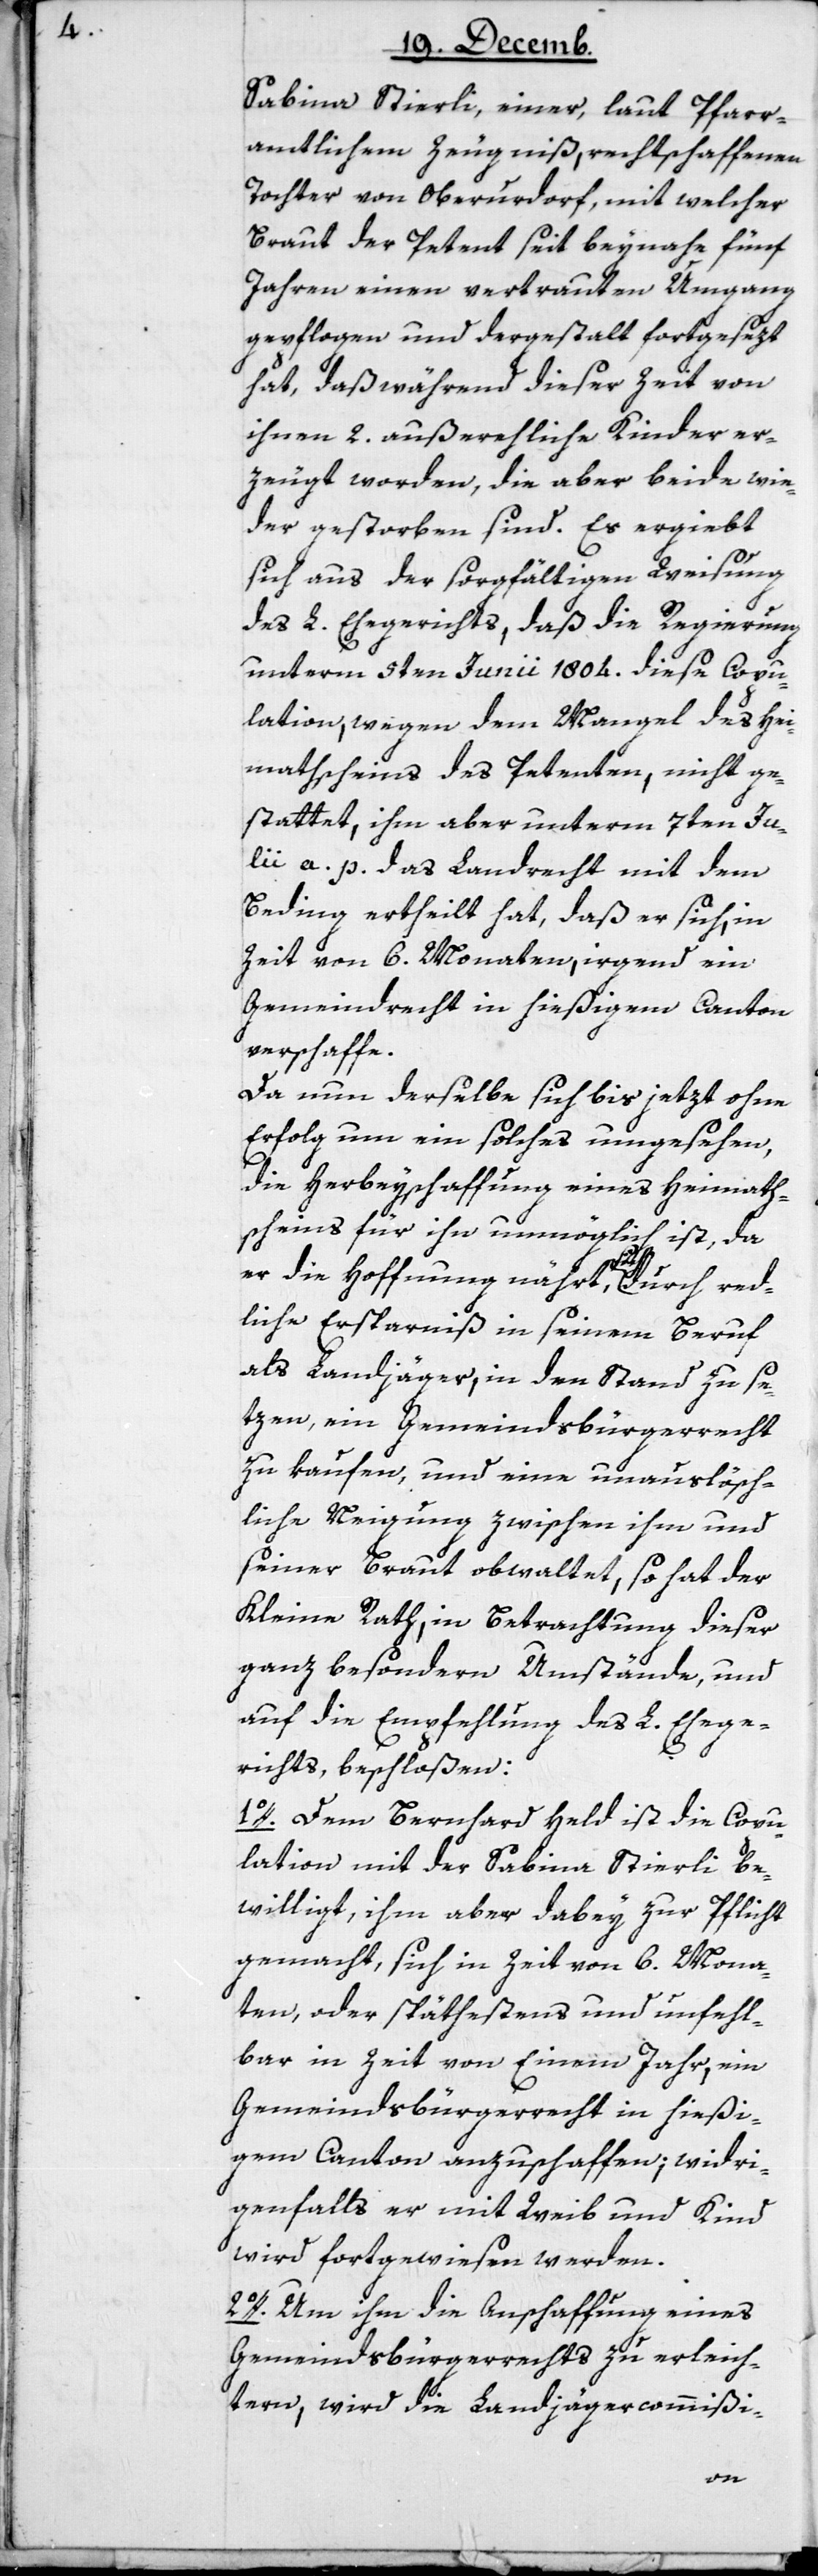
Sabina Stierli , einer, laut Pfarr¬
amtlichem Zeugniß, rechtschaffenen
Tochter von Oberurdorf, mit welcher
Braut der Petent seit beynahe fünf
Jahren einen vertrauten Umgang
gepflogen und dergestalt fortgesezt
hat, daß während dieser Zeit von
ihnen 2. außereheliche Kinder er¬
zeugt worden, die aber beyde wie¬
der gestorben sind. Es ergiebt
sich aus der sorgfältigen Weisung
des L. Ehegerichts, daß die Regierung
unterm 5ten Junii 1804, diese Copu¬
lation, wegen dem Mangel des Hei¬
mathscheins des Petenten, nicht ge¬
stattet, ihm aber unterm 7ten Ju¬
lii a. p. das Landrecht mit dem
Beding ertheilt hat, daß er sich, in
Zeit von 6. Monaten, irgend ein
Gemeindrecht in hießigem Canton
verschaffe.
Da nun derselbe sich bis jetzt ohne
Erfolg um ein solches umgesehen,
die Herbeyschaffung eines Heimaths¬
cheins für ihn unmöglich ist, da
er die Hoffnung nährt, sich durch
liche Ersparniß in seinem Beruf
als Landjäger, in den Stand zu se¬
tzen, ein Gemeindsbürgerrecht
zu kaufen, und eine unauslösch¬
liche Neigung zwischen ihm und
seiner Braut obwaltet, so hat der
Kleine Rath, in Betrachtung dieser
ganz besondern Umstände, und
auf die Empfehlung des L. Ehege¬
richts beschloßen:
1o. Dem Bernhard Held ist die Copu¬
lation mit der Sabina Stierli be¬
willigt, ihm aber dabey zur Pflicht
gemacht, sich in Zeit von 6. Mona¬
ten oder spätestens und unfehl¬
bar in Zeit von Einem Jahr, ein
Gemeindsbürgerrecht in hießi¬
gem Canton anzuschaffen; widri¬
genfalls er mit Weib und Kind
wird fortgewiesen werden.
2o. Um ihm die Anschaffung eines
Gemeindsbürgerrechts zu erleich¬
tern, wird die Landjägercommißi-
red¬